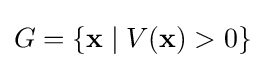
G=\{\mathbf {x} \mid V(\mathbf {x} )>0\}